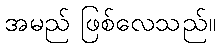
အမည် ဖြစ်လေသည်။